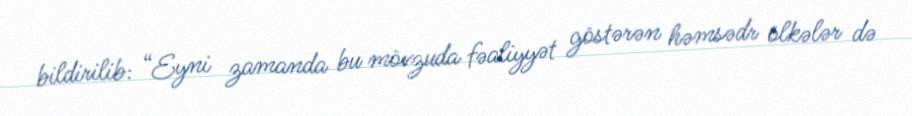
bildirilib: “Eyni zamanda bu mövzuda fəaliyyət göstərən həmsədr ölkələr də